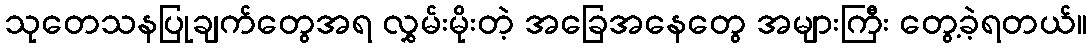
သုတေသနပြုချက်တွေအရ လွှမ်းမိုးတဲ့ အခြေအနေတွေ အများကြီး တွေ့ခဲ့ရတယ်။